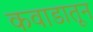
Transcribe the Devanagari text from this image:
कवाडातून